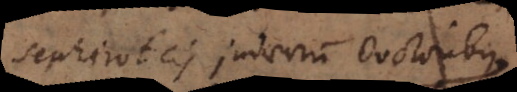
Sephiroticis Judaeorum Auctoribus